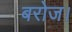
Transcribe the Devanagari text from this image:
बरोज।